Riigikantselei, lk 62
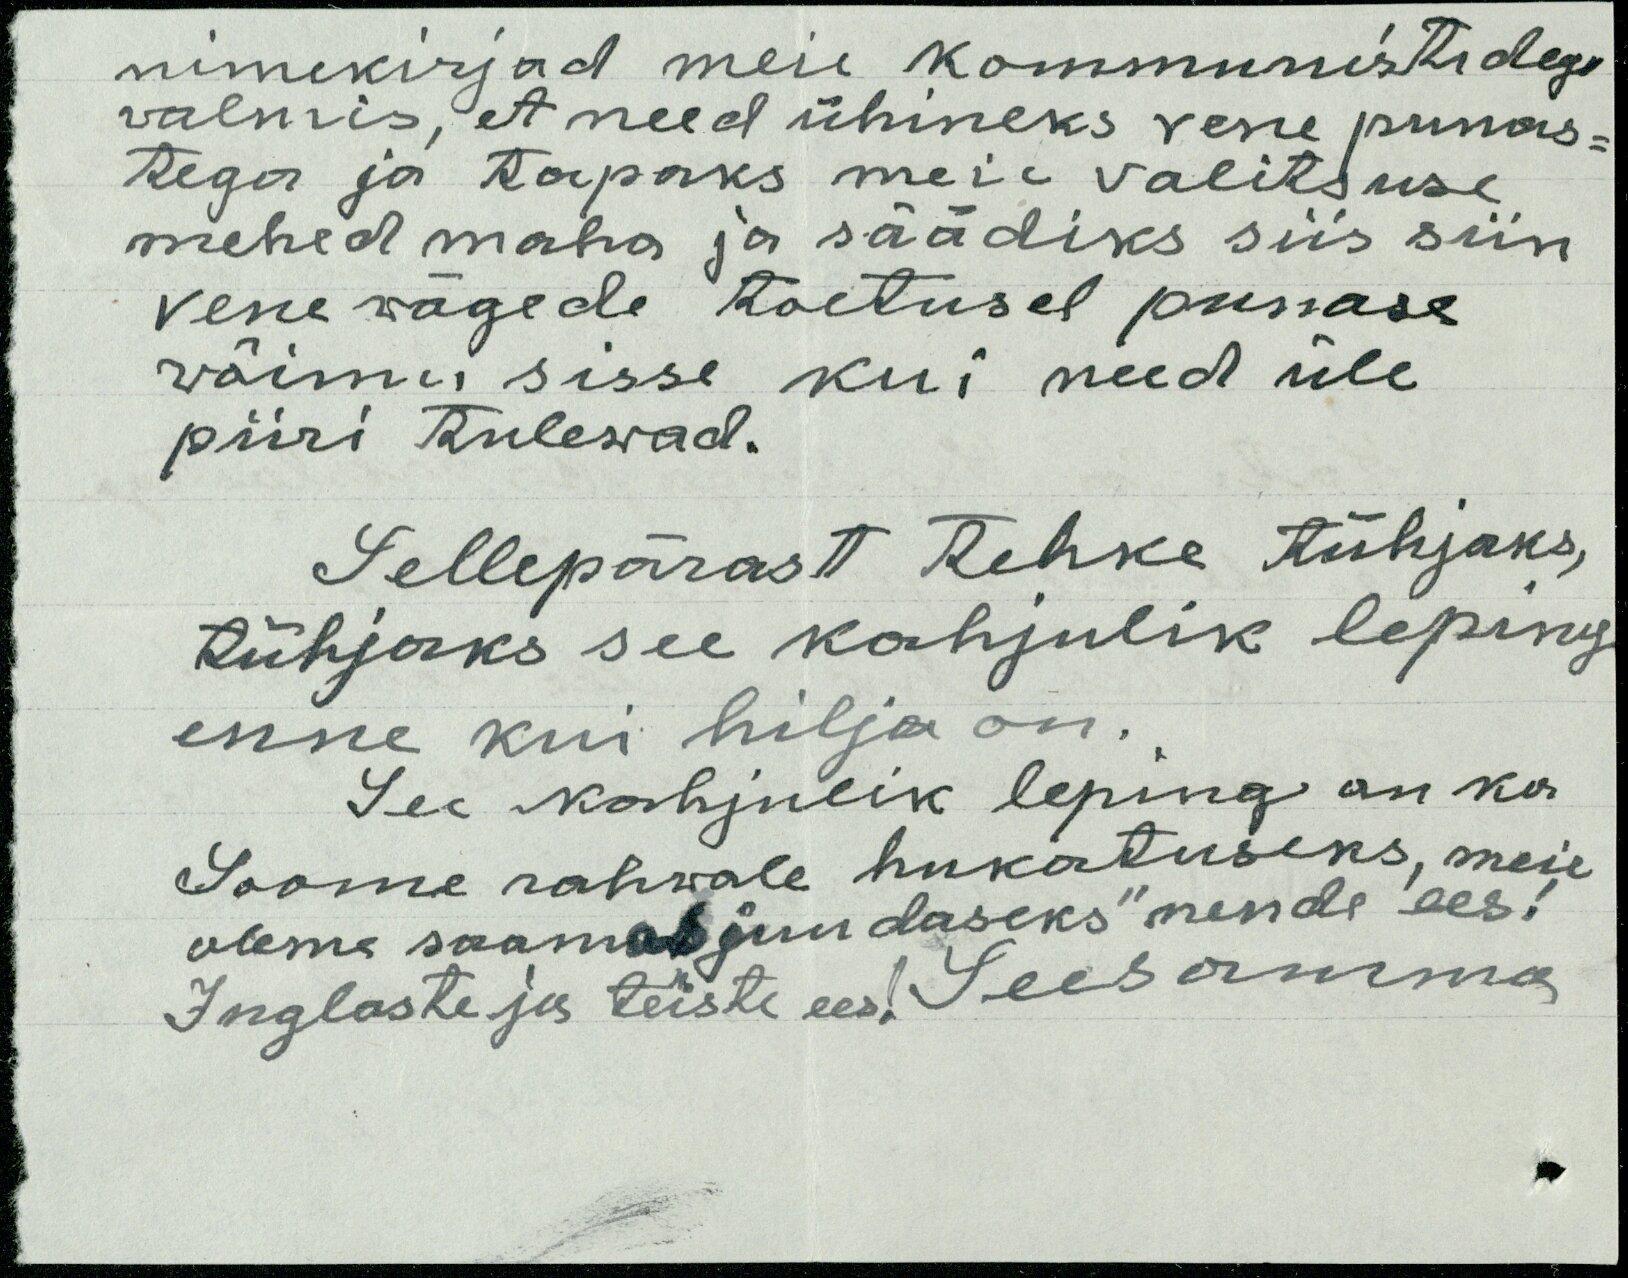
nimekirjad meie kommunistidega
valmis, et need ühineks vene punas-
tega ja tapaks meie valitsuse
mehed maha ja säädiks siis siin
vene wägede toetusel punase
wõimu sisse kui need üle
piiri tulewad.
Sellepärast tehke tühjaks,
tühjaks see kahjulik leping
enne kui hilja on.
See kahjulik leping on ka
Soome rahwale hukatuseks, meie
oleme saamas juudaseks" nende ees!
Inglaste ja teiste ees! Seesamma